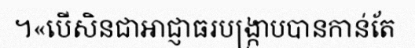
។«បើសិនជាអាជ្ញាធរបង្ក្រាបបានកាន់តែ